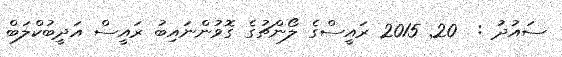
ސައުދު :  20